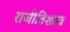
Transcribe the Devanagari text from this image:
राजीतिशारत्र